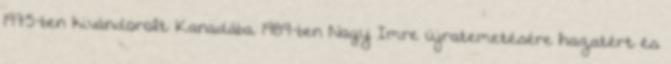
1975-ben kivándorolt Kanadába. 1989-ben Nagy Imre újratemetésére hazatért és